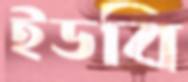
ইডবি